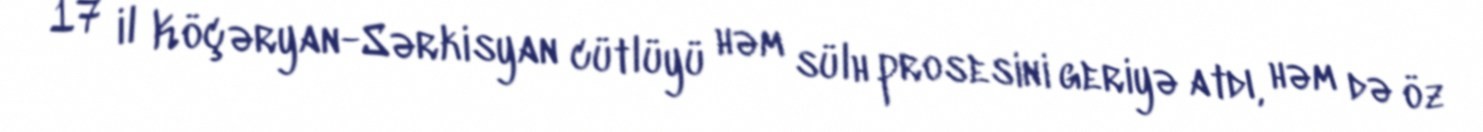
17 il Köçəryan-Sərkisyan cütlüyü həm sülh prosesini geriyə atdı, həm də öz